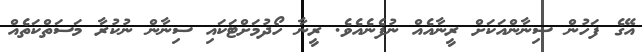
އޭގެ ފަހުން ސިނާންއަކަށް ރީނާއެއް ނުފެނެއެެވެ. ރީނާ ހޯދުމަށްޓަކައި ސިނާން ނުކުރާ މަސަތްކަތެއް